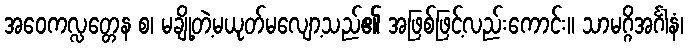
အဝေကလ္လတ္တေန စ၊ မချို့တဲ့မယုတ်မလျော့သည်၏ အဖြစ်ဖြင့်လည်းကောင်း။ သာမဂ္ဂိအင်္ဂါနံ၊